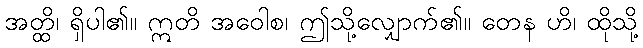
အတ္ထိ၊ ရှိပါ၏။ ဣတိ အဝေါစ၊ ဤသို့လျှောက်၏။ တေန ဟိ၊ ထိုသို့